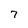
Character: 7